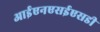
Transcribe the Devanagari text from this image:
आईएनएसईएसडी